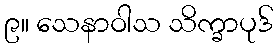
၉။ သေနာဝါသ သိက္ခာပုဒ်